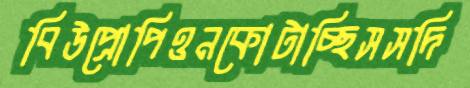
বিউপ্রোপিওনকোটাচ্ছিসসদি